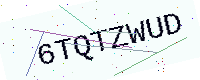
Text: 6TQTZWUD